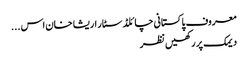
معروف پاکستانی چائلڈ سٹار اریشا خان اس ...
دیمک پر رکھیں نظر